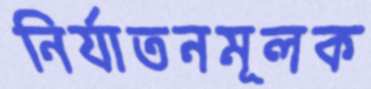
নির্যাতনমূলক